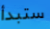
ستبدأ